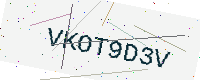
Text: VKOT9D3V